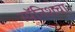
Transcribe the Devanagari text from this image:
स्पॅनिशचा